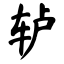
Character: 轳